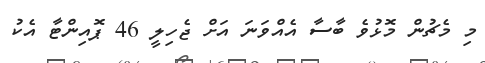
މި މެޗުން މޮޅުވެ ބާސާ އެއްވަނަ އަށް ޖެހިލީ 46 ޕޮއިންޓާ އެކު